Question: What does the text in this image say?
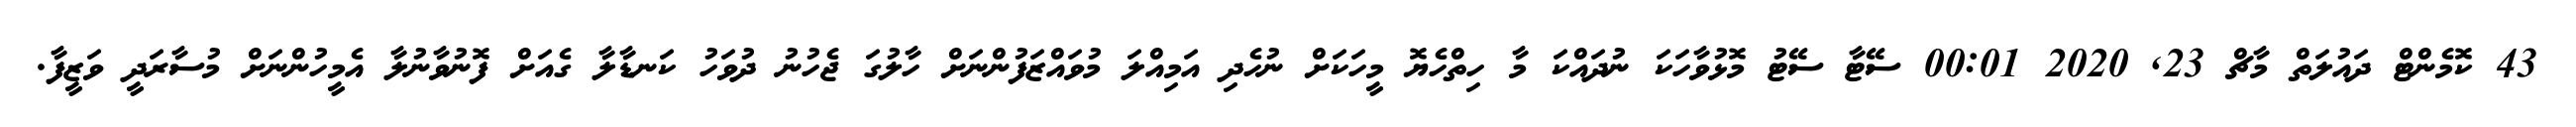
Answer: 43 ކޮމެންޓް ދައުލަތް މާޗް 23, 2020 00:01 ސޭޓާ ސޭޓު މޮޅުވާހަކަ ނުދައްކަ މާ ހިތްހެޔޮ މީހަކަށް ނުހެދި އަމިއްލަ މުވައްޒަފުންނަށް ހާލުގަ ޖެހުނު ދުވަހު ކަނޑާލާ ގެއަށް ފޮނުވާނުލާ އެމީހުންނަށް މުސާރަދީ ވަޒީފާ.